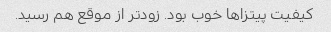
کیفیت پیتزاها خوب بود‌. زودتر از موقع هم رسید.